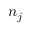
n _ { j }